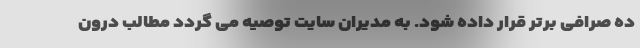
ده صرافی برتر قرار داده شود. به مدیران سایت توصیه می گردد مطالب درون